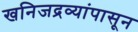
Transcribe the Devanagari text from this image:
खनिजद्रव्यांपासून